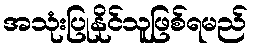
အသုံးပြုနိုင်သူဖြစ်ရမည်